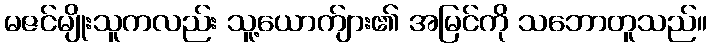
မဇင်မျိုးသူကလည်း သူ့ယောက်ျား၏ အမြင်ကို သဘောတူသည်။